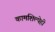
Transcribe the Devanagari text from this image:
कामशिल्पेही